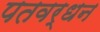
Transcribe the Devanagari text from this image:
पतवर्धन